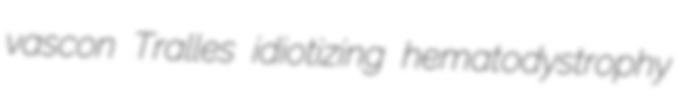
vascon Tralles idiotizing hematodystrophy